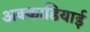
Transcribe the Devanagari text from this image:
अक्काडियाई